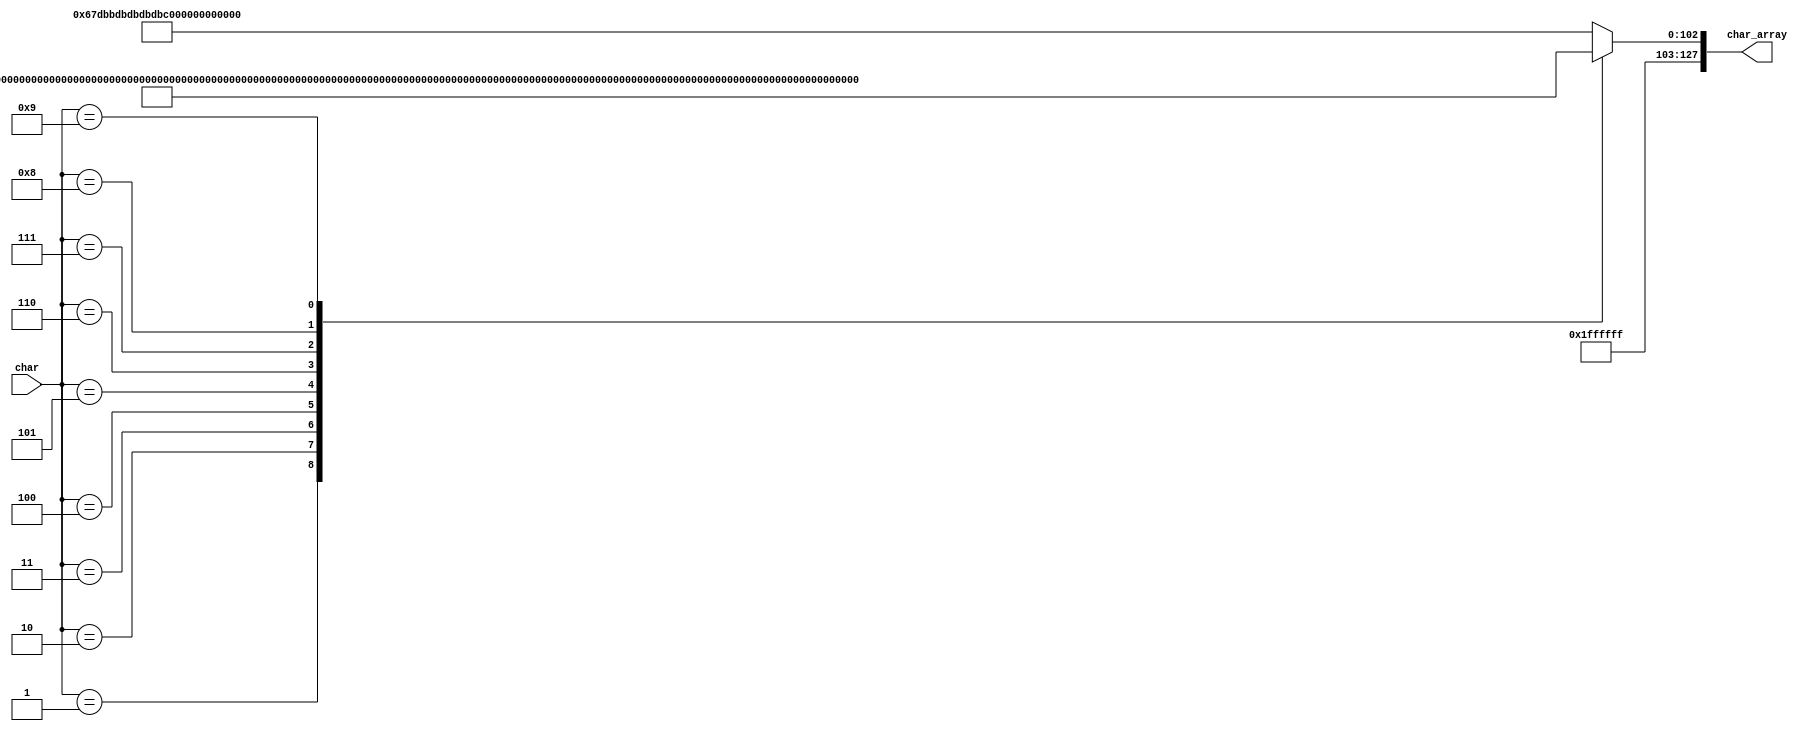
module  char_array_decode
(
	char,
	char_array

);

input			[3:0]		char;
output	reg		[127:0]		char_array;
	
reg	[127:0]	char0_Template	={8'hFF,8'hFF,8'hFF,8'hE7,8'hDB,8'hBD,8'hBD,8'hBD,8'hBD,8'hBD,8'hBD,8'hBD,8'hDB,8'hE7,8'hFF,8'hFF};
reg	[127:0]	char1_Template	={8'hFF,8'hFF,8'hFF,8'hF7,8'hC7,8'hF7,8'hF7,8'hF7,8'hF7,8'hF7,8'hF7,8'hF7,8'hF7,8'hC1,8'hFF,8'hFF};
reg	[127:0]	char2_Template	={8'hFF,8'hFF,8'hFF,8'hC3,8'hBD,8'hBD,8'hBD,8'hFD,8'hFB,8'hF7,8'hEF,8'hDF,8'hBD,8'h81,8'hFF,8'hFF};
reg	[127:0]	char3_Template	={8'hFF,8'hFF,8'hFF,8'hC3,8'hBD,8'hBD,8'hFD,8'hFB,8'hE7,8'hFB,8'hFD,8'hBD,8'hBD,8'hC3,8'hFF,8'hFF};
reg	[127:0]	char4_Template	={8'hFF,8'hFF,8'hFF,8'hFB,8'hF3,8'hF3,8'hEB,8'hDB,8'hDB,8'hBB,8'h80,8'hFB,8'hFB,8'hE0,8'hFF,8'hFF};
reg	[127:0]	char5_Template	={8'hFF,8'hFF,8'hFF,8'h81,8'hBF,8'hBF,8'hBF,8'h87,8'hBB,8'hFD,8'hFD,8'hBD,8'hBB,8'hC7,8'hFF,8'hFF};
reg	[127:0]	char6_Template	={8'hFF,8'hFF,8'hFF,8'hE7,8'hDB,8'hBF,8'hBF,8'hA3,8'h9D,8'hBD,8'hBD,8'hBD,8'hDD,8'hE3,8'hFF,8'hFF};
reg	[127:0]	char7_Template	={8'hFF,8'hFF,8'hFF,8'h81,8'hBD,8'hFB,8'hFB,8'hF7,8'hF7,8'hEF,8'hEF,8'hEF,8'hEF,8'hEF,8'hFF,8'hFF};
reg	[127:0]	char8_Template	={8'hFF,8'hFF,8'hFF,8'hC3,8'hBD,8'hBD,8'hBD,8'hDB,8'hE7,8'hDB,8'hBD,8'hBD,8'hBD,8'hC3,8'hFF,8'hFF};
reg	[127:0]	char9_Template	={8'hFF,8'hFF,8'hFF,8'hC7,8'hBB,8'hBD,8'hBD,8'hBD,8'hB9,8'hC5,8'hFD,8'hFD,8'hDB,8'hE7,8'hFF,8'hFF};

always@(*)
begin
	case(char)
		0		:	char_array	=	char0_Template	;	
		1		:	char_array	=	char1_Template	;	
		2		:	char_array	=	char2_Template	;	
		3		:	char_array	=	char3_Template	;
		4		:	char_array	=	char4_Template	;	
		5		:	char_array	=	char5_Template	;	
		6		:	char_array	=	char6_Template	;	
		7		:	char_array	=	char7_Template	;
		8		:	char_array	=	char8_Template	;
		9		:	char_array	=	char9_Template	;
		default	:	char_array	=	char0_Template	;		
	endcase
end


endmodule